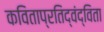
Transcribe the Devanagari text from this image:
कविताप्रतिद्वंद्विता